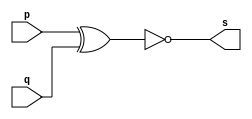
// ---------
// Exemplo0008 - XNOR
// Nome:Rafael Lopes Barbosa
// -----------------
// -----------------
// -- XNOR gate
module xnorgate(output s, input p, input q);
assign s = ~(p^q);
endmodule // xnorgate
// ------------
// -- test XNOR gate
// ------------
module testexnorgate;
// ----------------------- dados locais
reg a,b; //definir registrador
			//(variavel independente)
wire s;  //definir conexao(fio)
			//(variavel dependente)
// --------------- instancia
xnorgate XNOR1 (s,a,b);
// --------------- preparacao
initial begin: start
a=0;
b=0;
end
// -------------- parte principal
initial begin
$display("Exemplo0008 - Rafael Lopes Barbosa - 435052");
$display("Test XNOR gate");
$display("\na ~^ b = s\n");
a=0; b=0;
#1 $display("%b ~^ %b = %b",a,b,s);
a=0; b=1;
#1 $display("%b ~^ %b = %b",a,b,s);
a=1; b=0;
#1 $display("%b ~^ %b = %b",a,b,s);
a=1; b=1;
#1 $display("%b ~^ %b = %b",a,b,s); 			
end
endmodule // testxnorgate